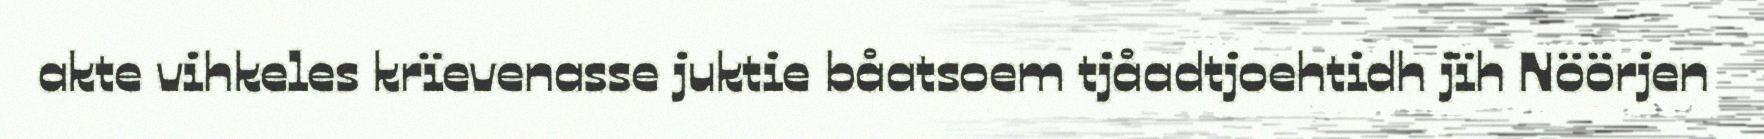
akte vihkeles krïevenasse juktie båatsoem tjåadtjoehtidh jïh Nöörjen